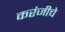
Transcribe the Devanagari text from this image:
करंजीचे